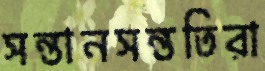
সন্তানসন্ততিরা